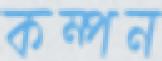
কম্পন